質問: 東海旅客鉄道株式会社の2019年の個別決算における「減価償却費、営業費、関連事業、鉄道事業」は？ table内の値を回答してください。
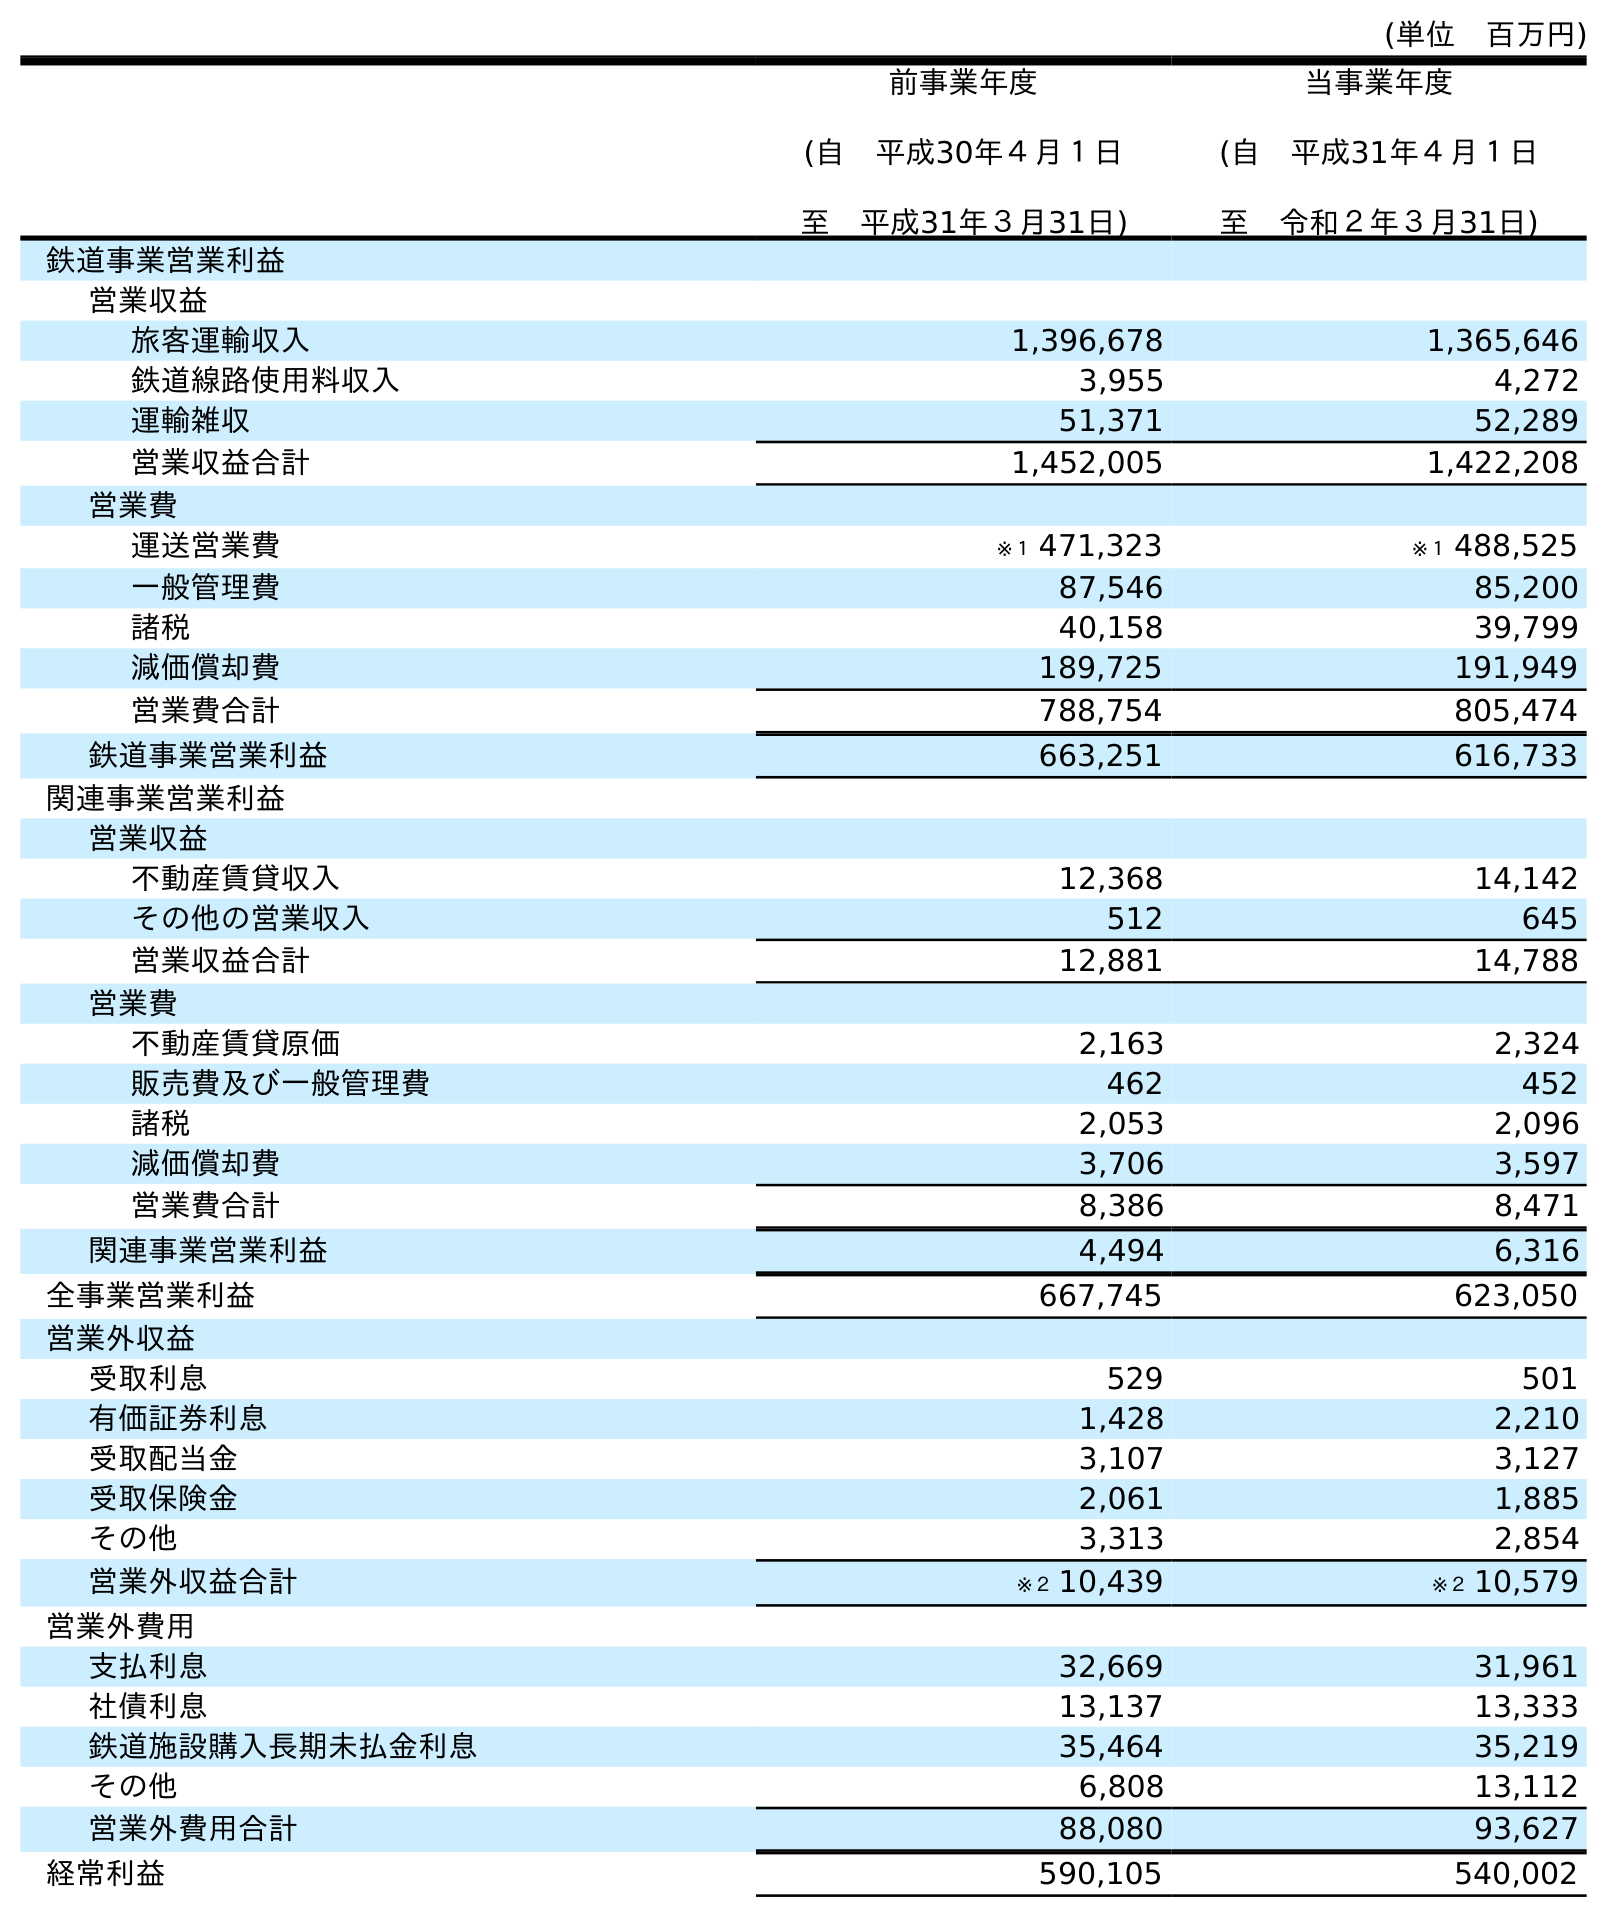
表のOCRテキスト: (単位 百万円) 前事業年度 (自 平成30年４月１日 至 平成31年３月31日) 当事業年度 (自 平成31年４月１日 至 令和２年３月31日) 鉄道事業営業利益 営業収益 旅客運輸収入 1,396,678 1,365,646 鉄道線路使用料収入 3,955 4,272 運輸雑収 51,371 52,289 営業収益合計 1,452,005 1,422,208 営業費 運送営業費 ※１ 471,323 ※１ 488,525 一般管理費 87,546 85,200 諸税 40,158 39,799 減価償却費 189,725 191,949 営業費合計 788,754 805,474 鉄道事業営業利益 663,251 616,733 関連事業営業利益 営業収益 不動産賃貸収入 12,368 14,142 その他の営業収入 512 645 営業収益合計 12,881 14,788 営業費 不動産賃貸原価 2,163 2,324 販売費及び一般管理費 462 452 諸税 2,053 2,096 減価償却費 3,706 3,597 営業費合計 8,386 8,471 関連事業営業利益 4,494 6,316 全事業営業利益 667,745 623,050 営業外収益 受取利息 529 501 有価証券利息 1,428 2,210 受取配当金 3,107 3,127 受取保険金 2,061 1,885 その他 3,313 2,854 営業外収益合計 ※２ 10,439 ※２ 10,579 営業外費用 支払利息 32,669 31,961 社債利息 13,137 13,333 鉄道施設購入長期未払金利息 35,464 35,219 その他 6,808 13,112 営業外費用合計 88,080 93,627 経常利益 590,105 540,002
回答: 3,706